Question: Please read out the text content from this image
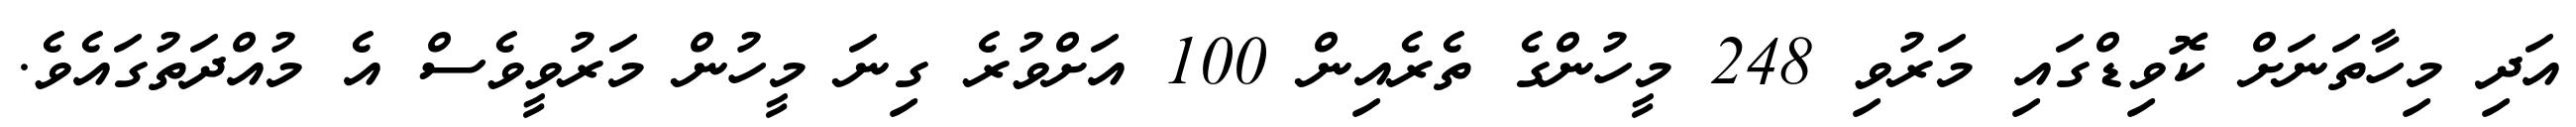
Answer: އަދި މިހާތަނަށް ކޮވިޑްގައި މަރުވި 248 މީހުންގެ ތެރެއިން 100 އަށްވުރެ ގިނަ މީހުން މަރުވީވެސް އެ މުއްދަތުގައެވެ.